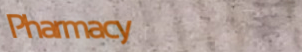
Pharmacy